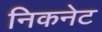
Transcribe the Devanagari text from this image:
निकनेट